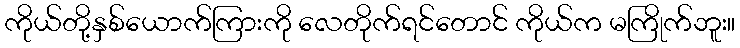
ကိုယ်တို့နှစ်ယောက်ကြားကို လေတိုက်ရင်တောင် ကိုယ်က မကြိုက်ဘူး။